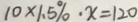
1 0 \times 1 . 5 \% \cdot x = 1 2 0